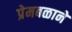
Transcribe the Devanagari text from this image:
प्रेमबळाने